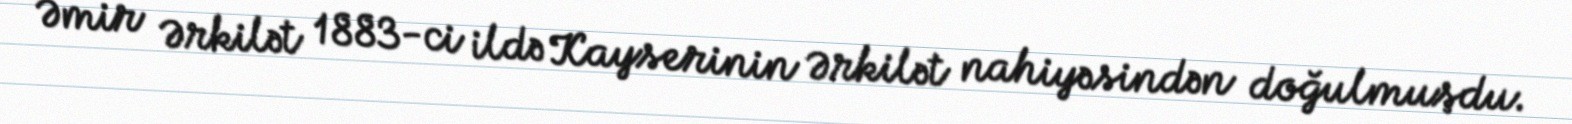
Əmir Ərkilət 1883-ci ildə Kayserinin Ərkilət nahiyəsindən doğulmuşdu.